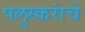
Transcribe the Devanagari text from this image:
पलुस्करांचे